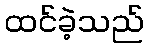
ထင်ခဲ့သည်